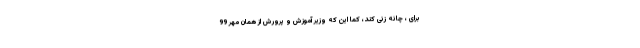
برای ، چانه زنی کند، کما این که وزیر آموزش و پرورش از همان مهر 99